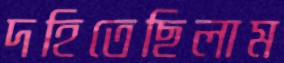
দহিতেছিলাম